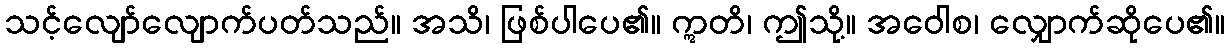
သင့်လျော်လျောက်ပတ်သည်။ အသိ၊ ဖြစ်ပါပေ၏။ ဣတိ၊ ဤသို့။ အဝေါစ၊ လျှောက်ဆိုပေ၏။